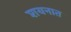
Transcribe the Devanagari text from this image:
शयनात